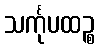
သင်္ကုပထဉ္စ